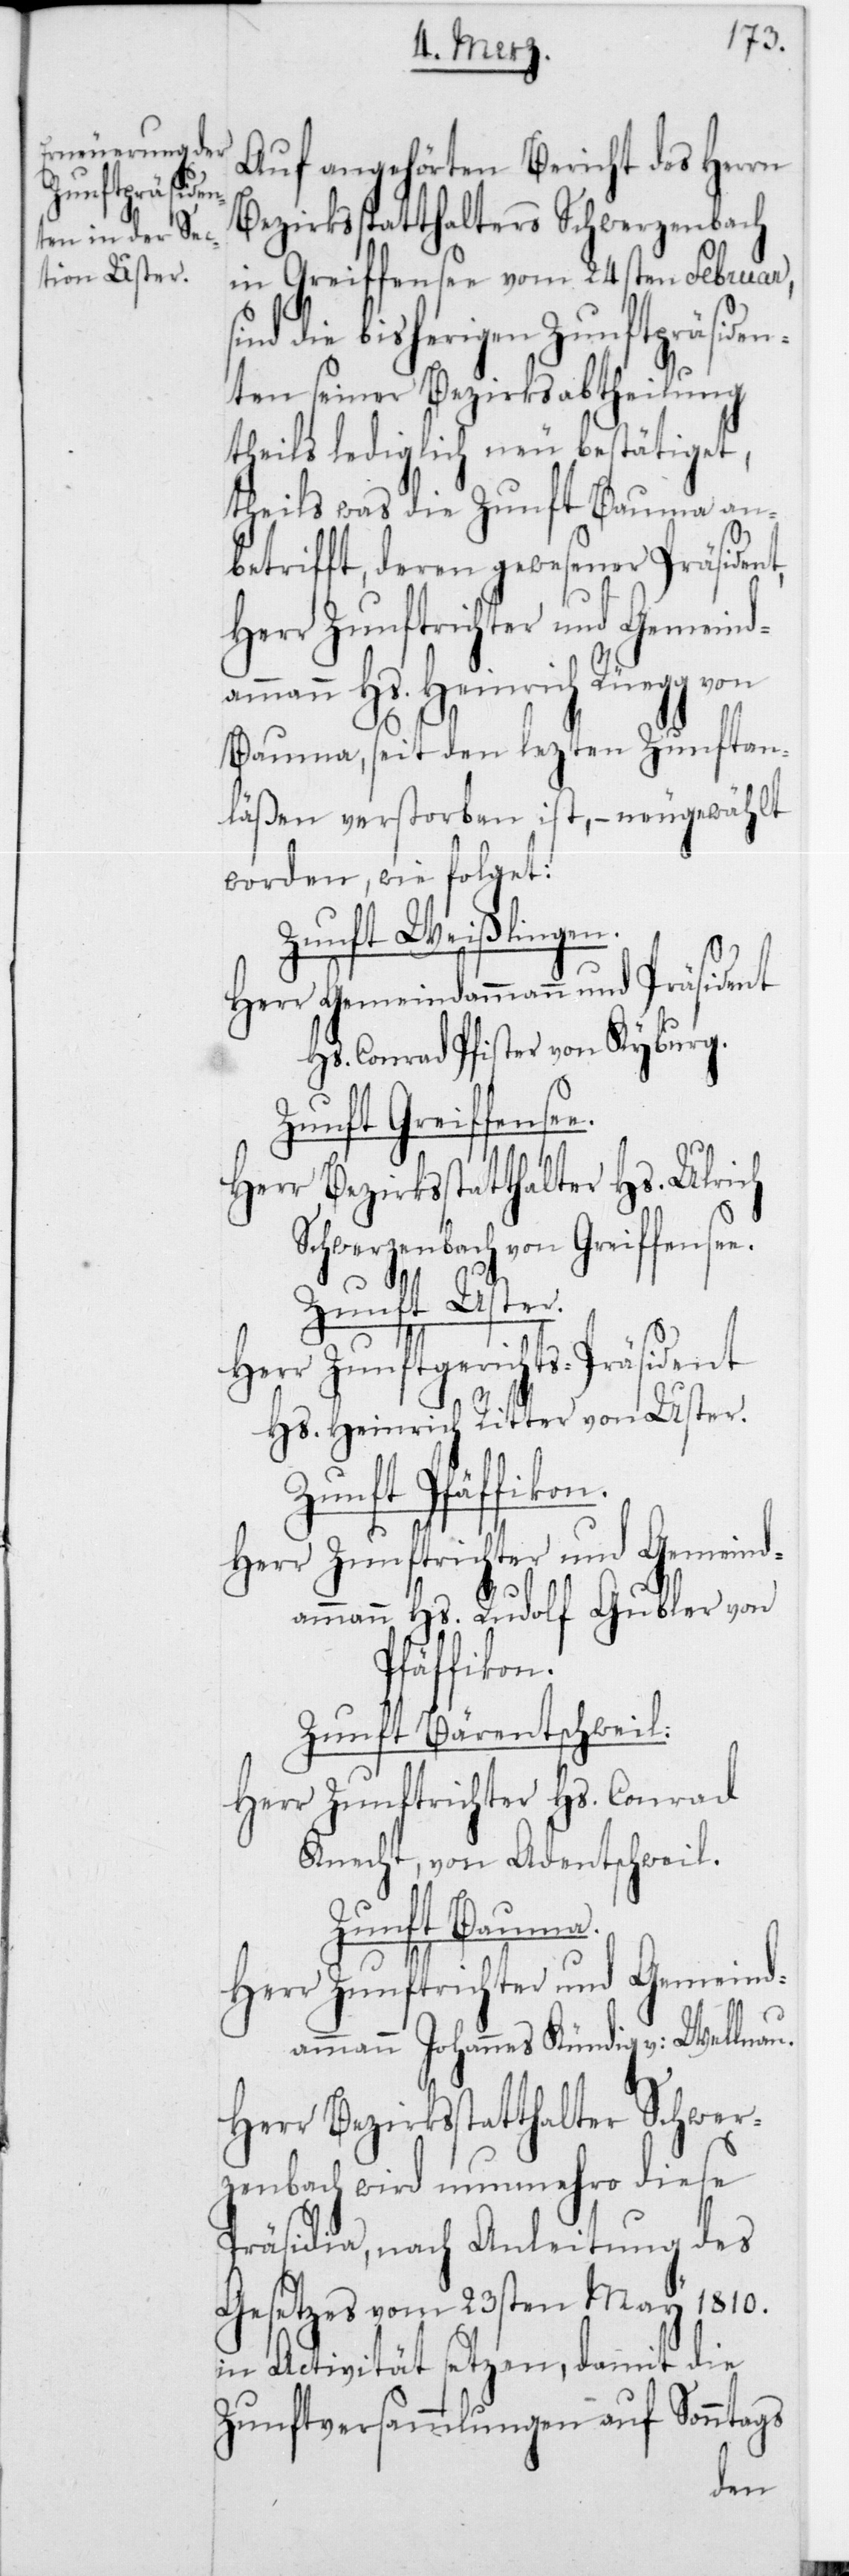
Auf angehörten Bericht des Herrn
Bezirksstatthalters Schwerzenbach
in Greiffensee vom 24sten Februar,
ind die bisherigen Zunftpräsiden¬
ten seiner Bezirksabtheilung
theils lediglich neu bestätiget,
theils was die Zunft Bauma an¬
betrifft, deren gewesener Präside¬
Herr Zunftrichter und Gemeinda¬
mmann Hs. Heinrich Rüegg von
Bauma, seit den lezten Zunftan¬
läßen verstorben ist, – neugewählt
worden, wie folget:
Zunft Weisslingen.
1810
Herr Gemeindammann und Präsident
Hs. Conrad Pfister von Kyburg.
Zunftversammlungen
Herr Bezirksstatthalter Hs. Ulrich
Schwerzenbach von Greiffense¬
Zunft Uster.
Herr Zunftgerichts-Präsident
Hs. Heinrich Ritter von Uster.
Herr Zunftrichter und Gemeind¬
ammann Hs. Rudolf Gubler von
Pfäffikon.
Zunft Bärentschweil.
Herr Zunftrichter Hs. Conrad
Knecht, von Adentschweil.
auf Sonntags
Herr Zunftrichter und Gemeind¬
ammann Johannes Kündig v. Wellenau.
Herr Bezirksstatthalter Schwer¬
zenbach wird nunmehro diese
Präsidia, nach Anleitung des
Gesetzes vom 23sten
damit die
in Activität setz¬
nt,
en,
Zunft